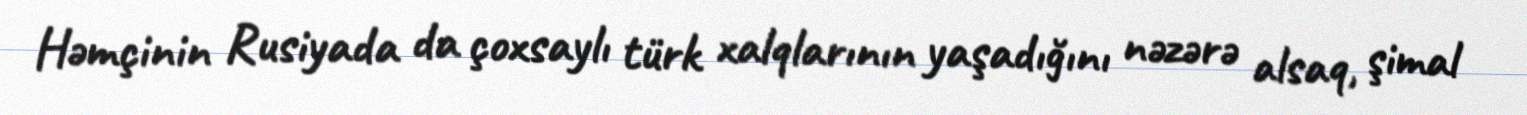
Həmçinin Rusiyada da çoxsaylı türk xalqlarının yaşadığını nəzərə alsaq, şimal